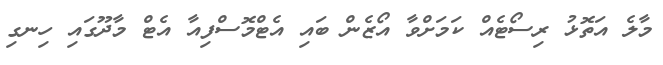
މާލެ އަތޮޅު ރިސޯޓެއް ކަމަށްވާ އޯޒެން ބައި އެޓްމޮސްފިއާ އެޓް މާދޫގައި ހިނގި